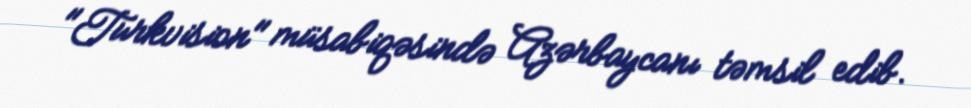
"Turkvision" müsabiqəsində Azərbaycanı təmsil edib.